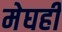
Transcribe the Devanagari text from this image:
मेघही